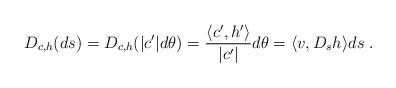
LaTeX: \begin{align*}D_{c,h}(ds)= D_{c,h}(|c'|d\theta)=\frac{\langle c', h'\rangle}{|c'|}d\theta= \langle v, D_sh\rangle ds\;.\end{align*}